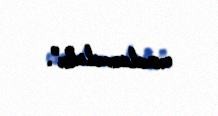
cəzalanmalıdır”.